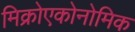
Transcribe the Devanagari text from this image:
मिक्रोएकोनोमिक